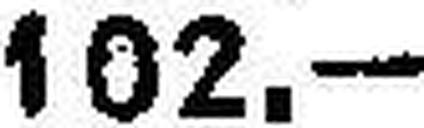
102.—